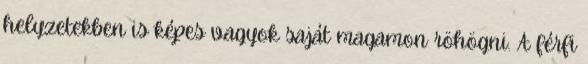
helyzetekben is képes vagyok saját magamon röhögni. A férfi